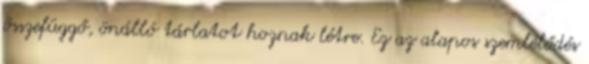
összefüggő, önálló tárlatot hoznak létre. Ez az alapos szemlélődés